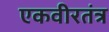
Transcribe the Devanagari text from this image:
एकवीरतंत्र